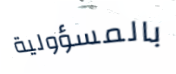
بالمسؤولية